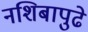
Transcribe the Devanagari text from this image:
नशिबापुढे